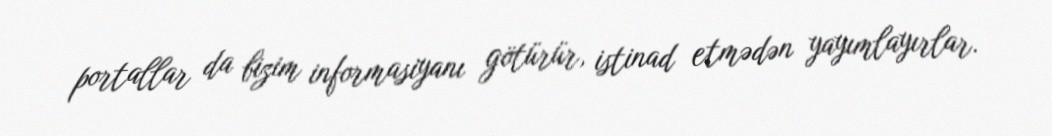
portallar da bizim informasiyanı götürür, istinad etmədən yayımlayırlar.